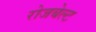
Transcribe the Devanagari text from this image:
रोजबेल्ट